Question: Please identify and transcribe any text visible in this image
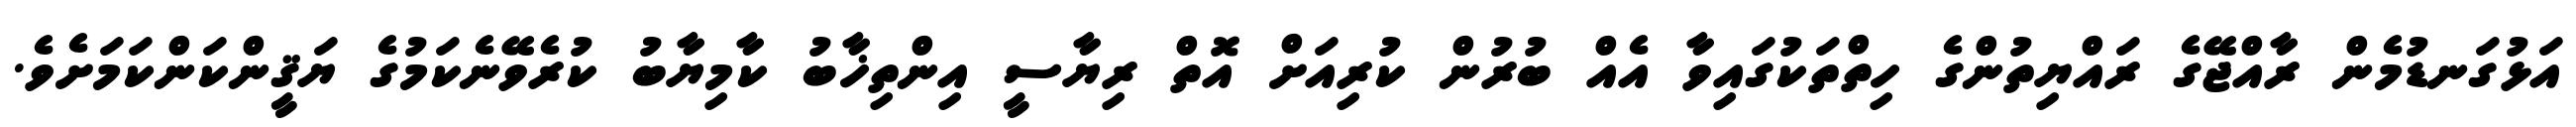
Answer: އަޅުގަނޑުމެން ރާއްޖޭގެ ރައްޔިތުންގެ ހިތްތަކުގައިވާ އެއް ބުރުން ކުރިއަށް އޮތް ރިޔާސީ އިންތިޚާބު ކާމިޔާބު ކުރެވޭނެކަމުގެ ޔަޤީންކަންކަމަށެވެ.